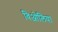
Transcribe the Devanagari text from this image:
विओलिया